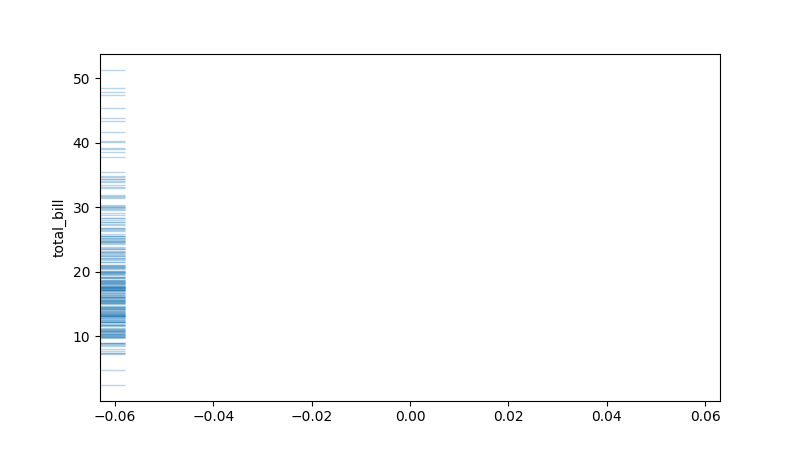
python, seaborn, rugplot, height=0.04, axis='y', alpha=0.3